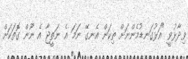
ވިދާޅުވީ "އަޅުގަނޑުމެންނަށް ތިކަން އެނގޭ ނަމަ އެ ނަތީޖާ އެ ނޫން ގޮތަކަށް